Rae_vallavalitsus, lk 85
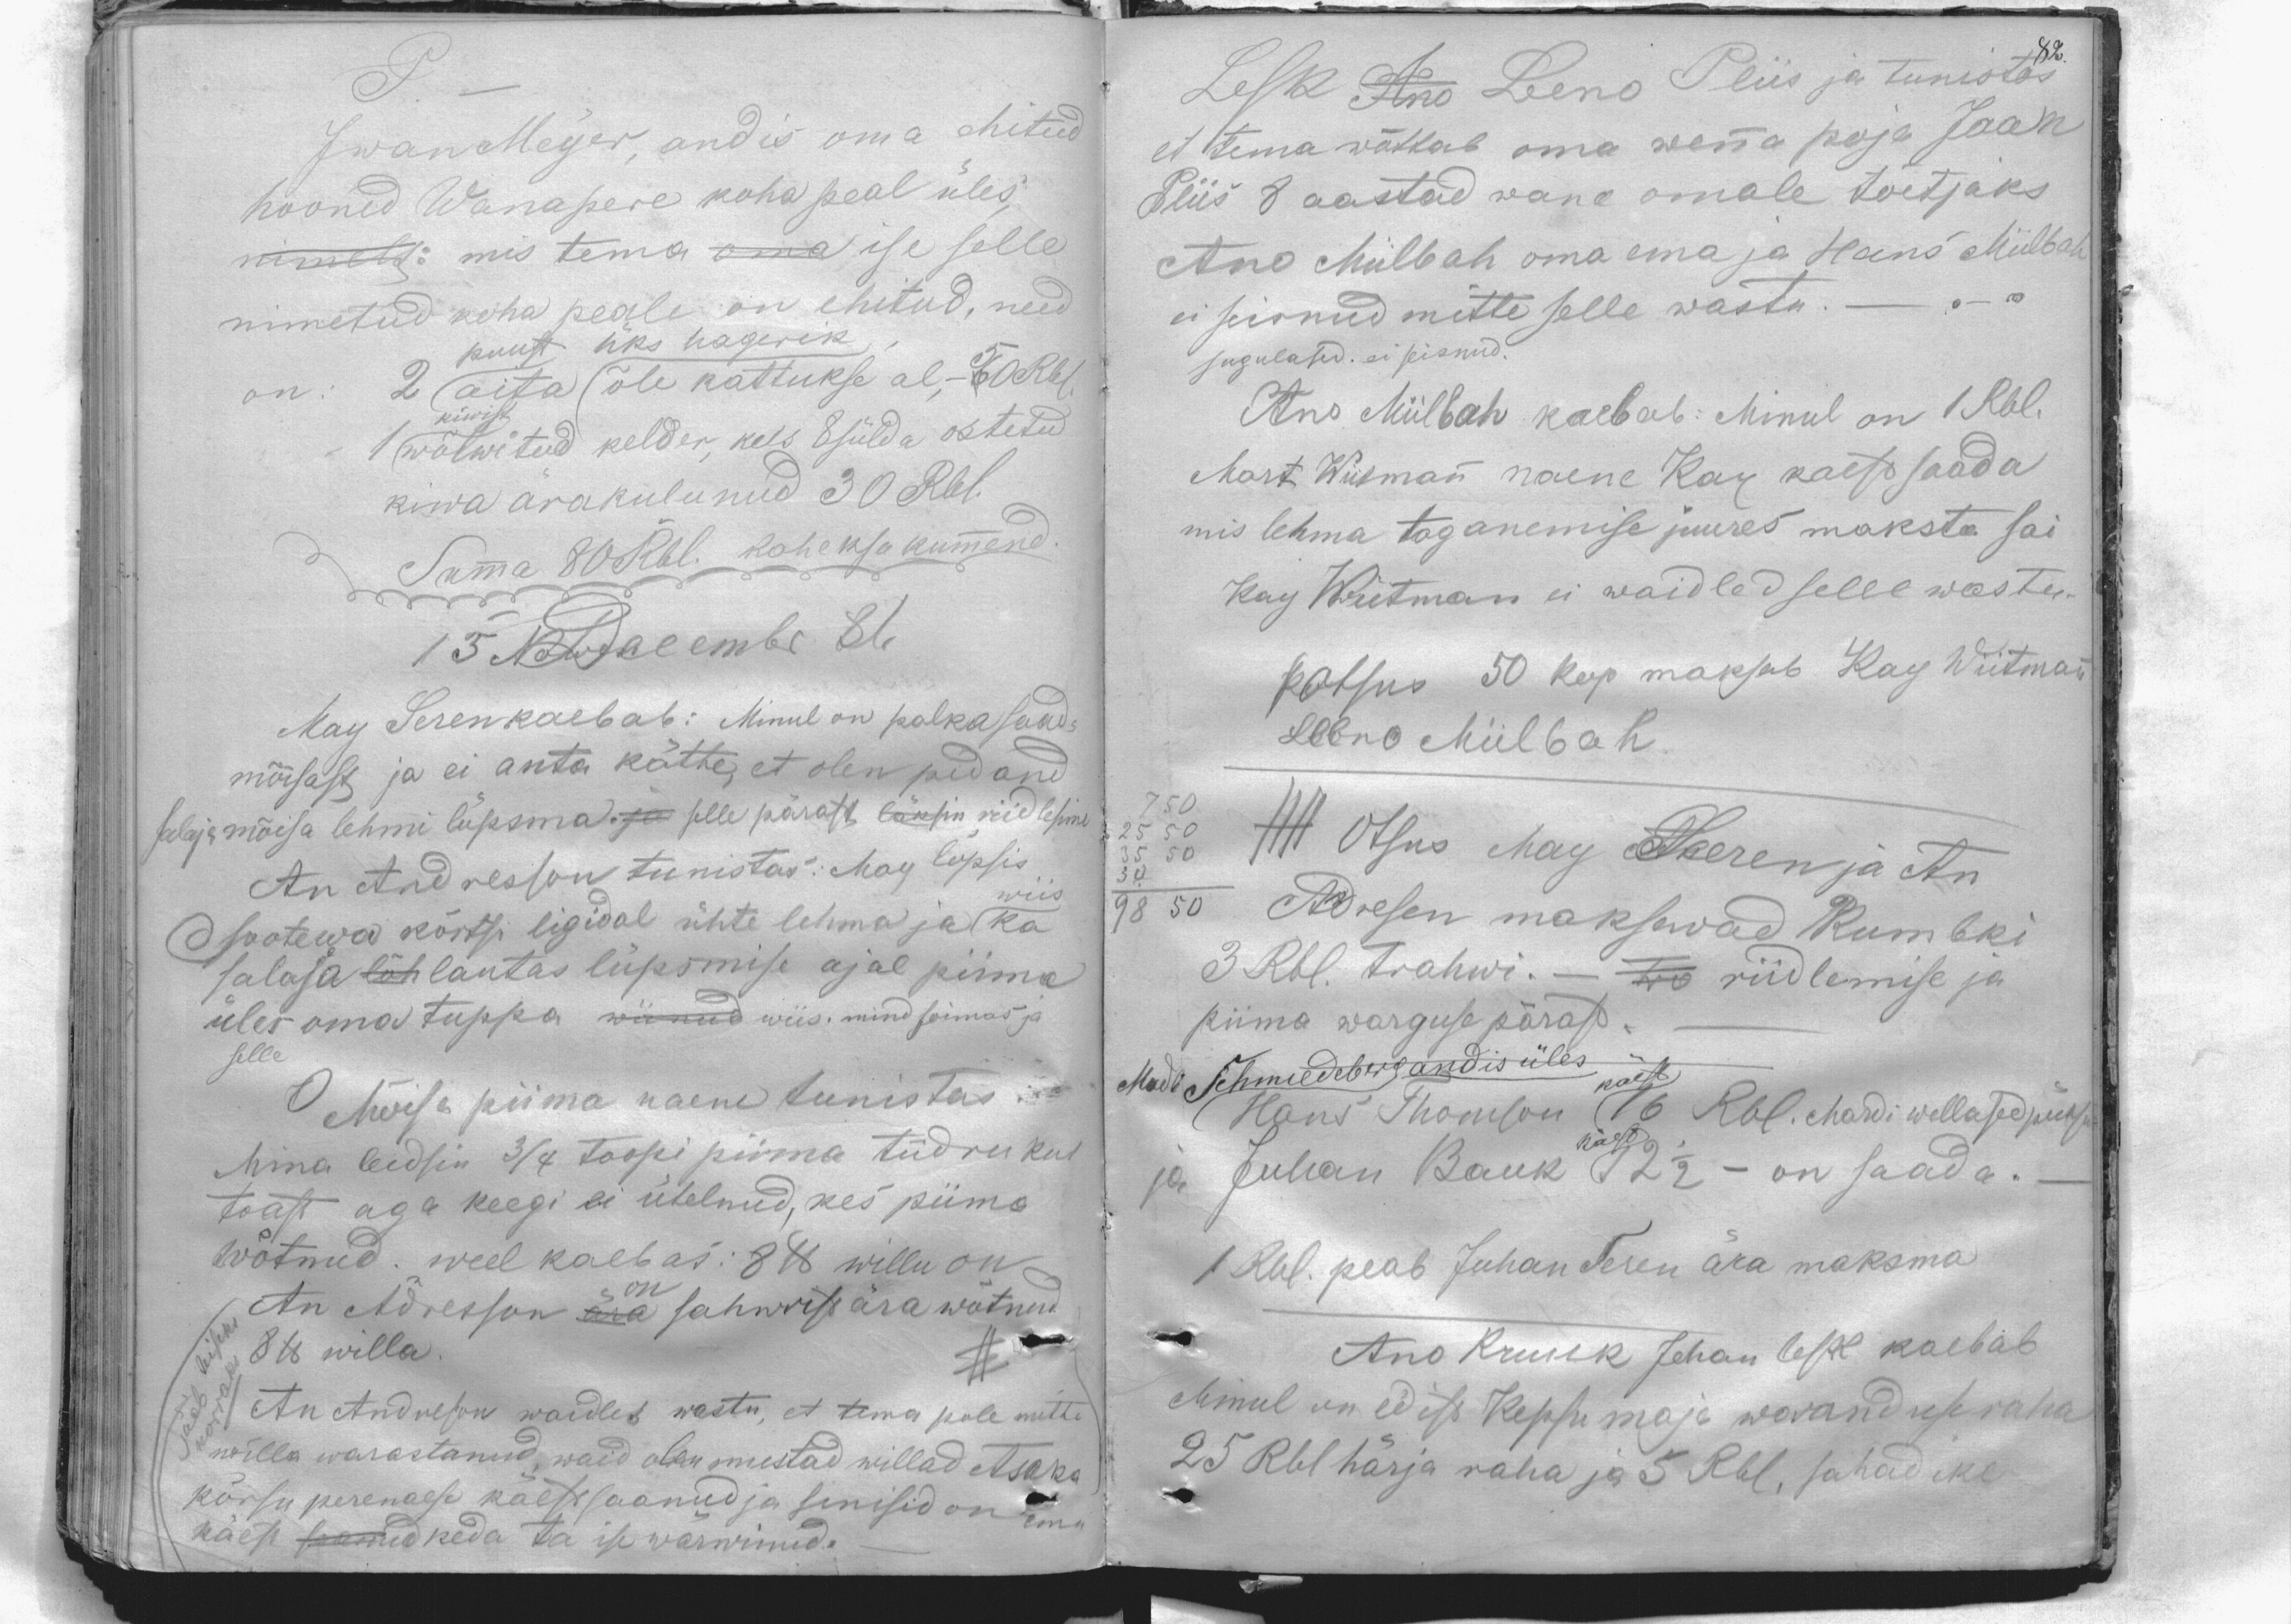
P. -
Iwan Meyer, andis oma ehitud
hooned Wanapere koha peal üles,
nimelt: mis tema oma ise selle
nimetud koha peale on ehitud, need
on: 2 aita õle kattukse al, -50 Rbl.
puust üks hagerik
1 wõlwitud kelder, kus  8 sülda ostetud
kiwist
kiwa ärakulunud 30 Rbl.
Summa 80 Rbl. kaheksa kümmend
15 Decembr 81.
May Seren kaebab: Minul on palka saada
mõisast ja ei anta kätte, et olen pidand
salaja mõisa lehmi lüpsma. ja selle pärast läksin riidlesime
An Andresson tunistas: May lüpsis
Sootewa kõrtsi ligidal ühte lehma ja wiis ka
salaja lõh lautas lüpsmise ajal piima
üles oma tuppa wiinud wiis. mind sõimas ja
selle
O Mõisa piima naene tunistas:
Mina leidsin 3/4 toopi piima tüdrukul
toast, aga keegi ei ütelnud, kes piima
wõtnud. weel kaebas: 8 lb willu on
An Adresson ära on sahwrist ära wõtnud
8 lb willa
An Andreson waidleb wastu, et tema pole mitte
willa warastanud, waid olen mustad willad Asaka
kõrsu perenaese käest saanud ja sinisid on ema
käest saanud keda ta ise wärwinud.

82.
Lesk Ano Leeno Pliis ja tunistas
et tema wõttab oma wenna poja Jaan
Piis 8 aastad wana omale toitjaks
Ano Miilbah oma ema ja Hans Miilbah
ei seisnud mitte selle wastu. -"-
sugulased. ei seisnud.
Ano Miilbah kaebab: Minul on 1 Rbl.
Mart Wiitmann naene Kay kaest saada
mis lehma taganemise juures maksta sai
Kay Wiitman ei waidled selle wastu.
KOtsus 50 kop maksab Kay Wiitmann
Leeno Miilbah.
HH Otsus May Zeeren ja An
Andresen maksawad kumbki
3 Rbl. trahwi. - Tro riidlemise ja
piima warguse pärast
Made Schmiedeberg andis üles käest
Hans Thomson 16 Rbl. Mardi willased püksu
ja Juhan Bauk 12 1/2 on saada.-
1 Rbl. peab Juhan Seren ära maksma
Ano Kruuk Johan lesk kaebab
Minul on edist Kepsu maja waranduse raha
25 Rbl härja raha ja 5 Rbl, sahad ike